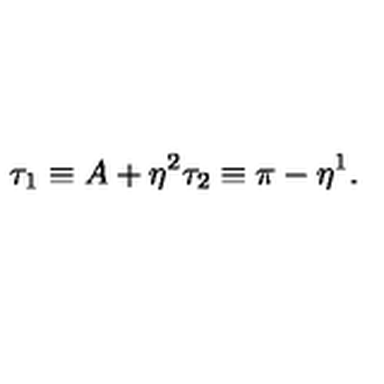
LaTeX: \tau _ { 1 } \equiv A + \eta ^ { 2 } \tau _ { 2 } \equiv \pi - \eta ^ { 1 } .